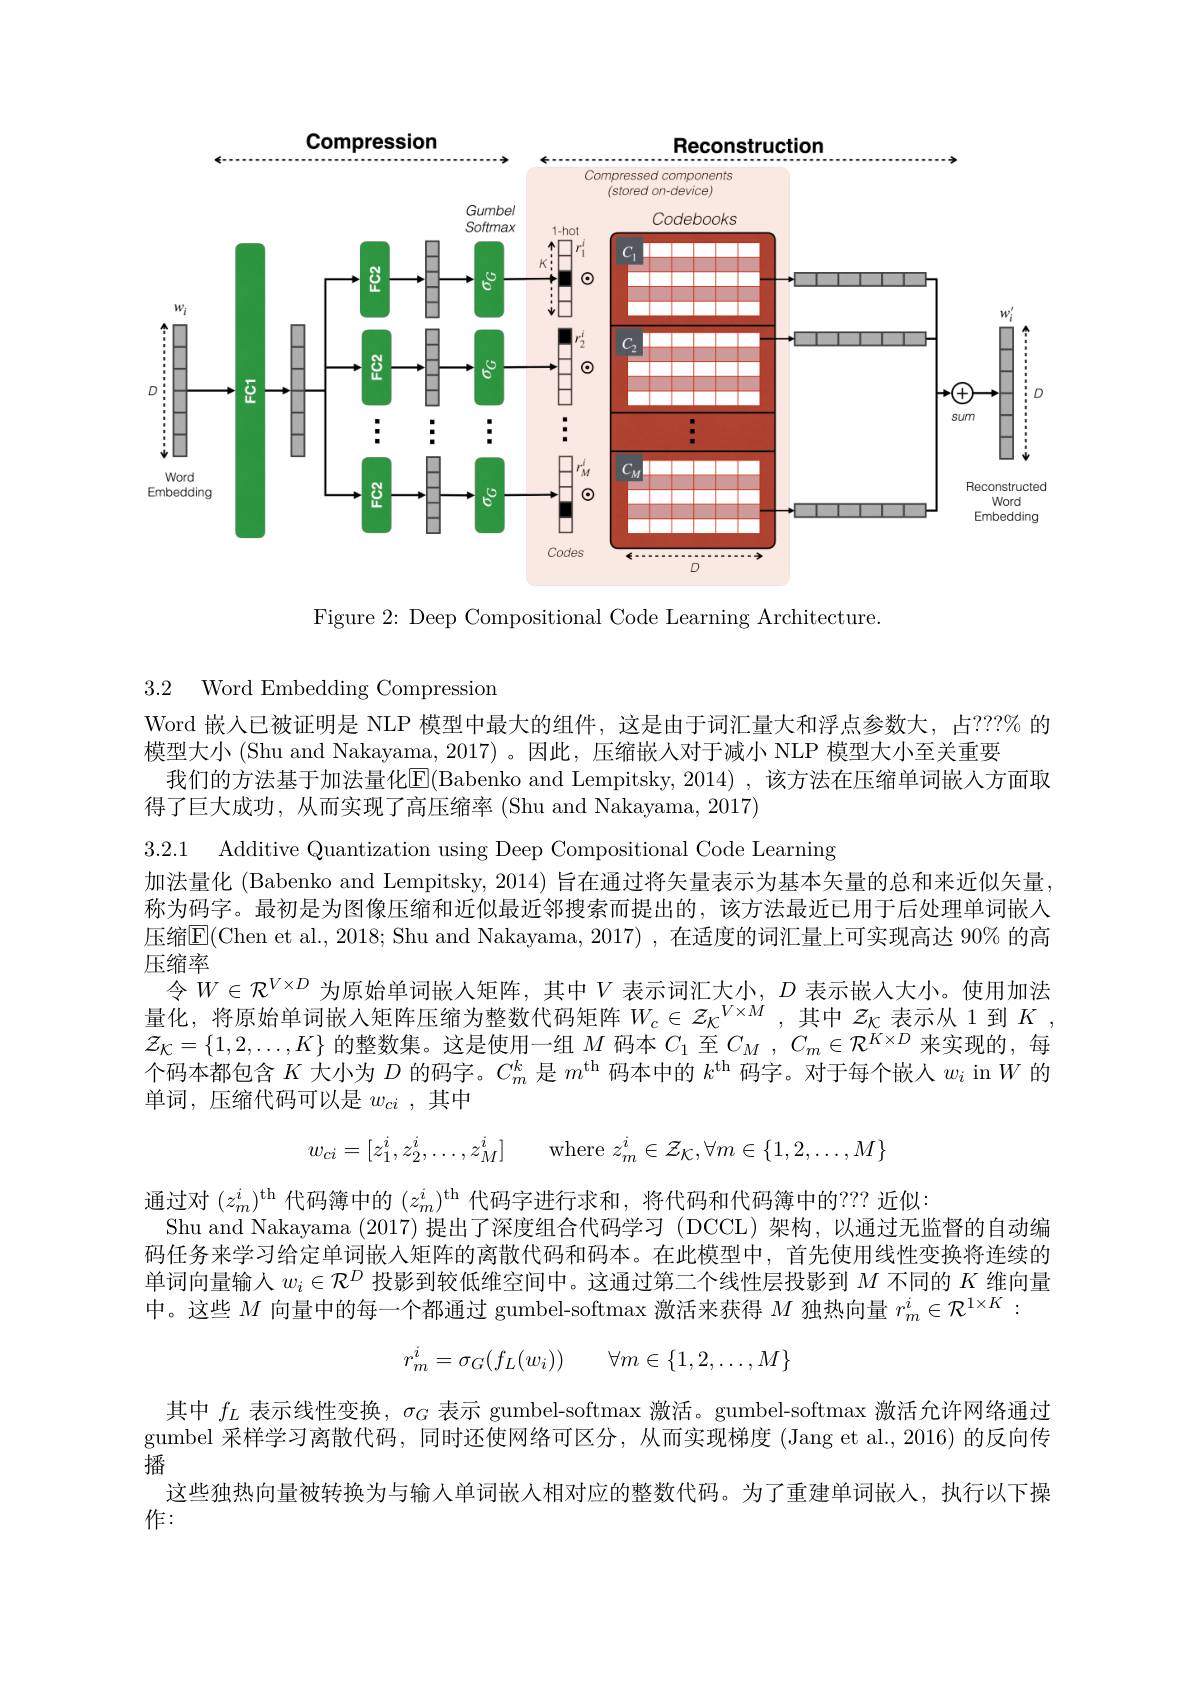
<FigureHere>

Figure 2: Deep Compositional Code Learning Architecture

## 3.2 Word Embedding Compression

Word 嵌人已被证明是 NLP 模型中最大的组件，这是由于词汇量大和浮点参数大，占？??% 的
模型大小 (Shu and Nakayama, 2017) 。因此，压缩嵌人对于减小 NLP 模型大小至关重要
我们的方法基于加法量化$\overline{\mathrm{E}}($Babenko and Lempitsky,2014) ,该方法在压缩单词嵌入方面取
得了巨大成功，从而实现了高压缩率 (Shu and Nakayama, 2017)

3.2.1 Additive Quantization using Deep Compositional Code Learning
加法量化 (Babenko and Lempitsky, 2014) 旨在通过将矢量表示为基本矢量的总和来近似矢量， 称为码字。最初是为图像压缩和近似最近邻搜索而提出的，该方法最近已用于后处理单词嵌人压缩$\overline{\mathrm{E}}($Chen et al., 2018; Shu and Nakayama, 2017) , 在适度的词汇量上可实现高达 90% 的高压缩率
令$W\in\mathcal{R}^{V\times D}$为原始单词嵌人矩阵，其中$V$表示词汇大小，$D$表示嵌人大小。使用加法量化，将原始单词嵌入矩阵压缩为整数代码矩阵$W_c\in\mathcal{Z}_\kappa^{V\times M}$ ,其中$z_\mathrm{\kappa}$表示从 1 到$K$, $\mathcal{Z}_{\mathcal{K}}=\{1,2,\ldots,K\}$的整数集。这是使用一组$M$码本$C_1$至$C_M,C_m\in\mathcal{R}^{K\times D}$来实现的，每个码本都包含$K$大小为$D$的码字。$C_m^k$是$m^\mathrm{th}$码本中的$k^\mathrm{th}$码字。对于每个嵌人$w_i$ in $W$的单词，压缩代码可以是$w_ci$ ,其中
$$w_{ci}=[z_{1}^{i},z_{2}^{i},\ldots,z_{M}^{i}]\quad\mathrm{where}\:z_{m}^{i}\in\mathcal{Z}_{\mathcal{K}},\forall m\in\{1,2,\ldots,M\}$$
通过对$(z_m^i)^\mathrm{th}$代码簿中的$(z_m^i)^\mathrm{th}$代码字进行求和，将代码和代码簿中的？? 近似：
Shu and Nakayama (2017)提出了深度组合代码学习 (DCCL)架构，以通过无监督的自动编码任务来学习给定单词嵌人矩阵的离散代码和码本。在此模型中，首先使用线性变换将连续的单词向量输人$w_i\in\mathcal{R}^D$投影到较低维空间中。这通过第二个线性层投影到$M$不同的$K$维向量中。这些$M$向量中的每一个都通过 gumbel-softmax 激活来获得$M$独热向量$r_m^i\in\mathcal{R}^{1\times K}:$
$$r_m^i=\sigma_G(f_L(w_i))\quad\forall m\in\{1,2,\dots,M\}$$
其中$f_L$表示线性变换，$\sigma_G$表示 gumbel-softmax 激活。gumbel-softmax 激活允许网络通过gumbel 采样学习离散代码，同时还使网络可区分，从而实现梯度 (Jang et al., 2016) 的反向传播
这些独热向量被转换为与输入单词嵌人相对应的整数代码。为了重建单词嵌人，执行以下操
作：